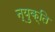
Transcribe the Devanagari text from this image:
न्युक्ति